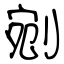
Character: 剜